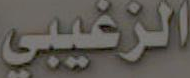
الزغيبي